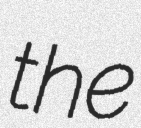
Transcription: the